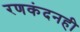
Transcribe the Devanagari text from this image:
रणकंदनही